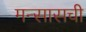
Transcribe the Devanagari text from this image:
मन्सासची